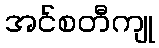
အင်စတီကျု